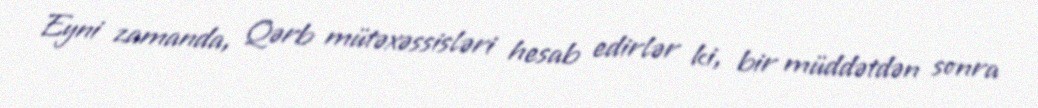
Eyni zamanda, Qərb mütəxəssisləri hesab edirlər ki, bir müddətdən sonra